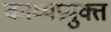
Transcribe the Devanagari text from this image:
काव्यप्रयुक्त